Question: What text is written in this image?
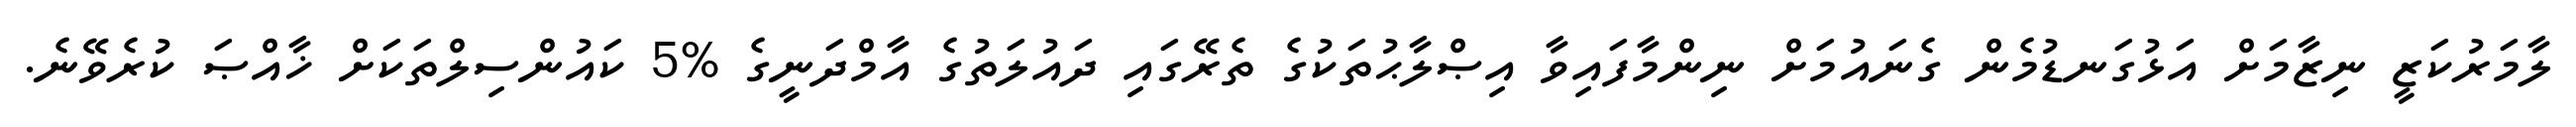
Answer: ލާމަރުކަޒީ ނިޒާމަށް އަޅުގަނޑުމެން ގެނައުމަށް ނިންމާފައިވާ އިޞްލާޙުތަކުގެ ތެރޭގައި ދައުލަތުގެ އާމްދަނީގެ %5 ކައުންސިލްތަކަށް ޚާއްޞަ ކުރެވޭނެ.